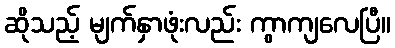
ဆိုသည့် မျက်နှာဖုံးလည်း ကွာကျလေပြီ။